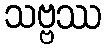
သဗ္ဗဿ